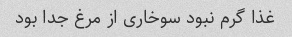
غذا گرم نبود سوخاری از مرغ جدا بود